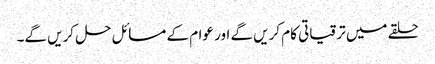
حلقے میں ترقیاتی کام کریں گے اور عوام کے مسائل حل کریں گے۔